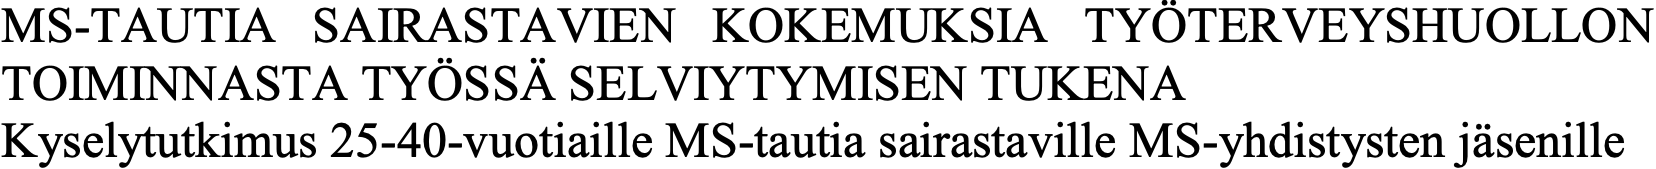
MS-TAUTIA SAIRASTAVIEN KOKEMUKSIA  TYÖTERVEYSHUOLLON TOIMINNASTA TYÖSSÄ SELVIYTYMISEN TUKENA Kyselytutkimus 25-40-vuotiaille MS-tautia sairastaville MS-yhdistysten jäsenille